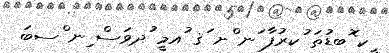
ީކ ޮބޑުތަ ުކރުފާ ަނ ްށ ަޤ ުއމީ ުދވަސް ިނ ްސބަ